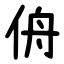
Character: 侜